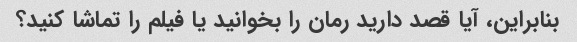
بنابراین، آیا قصد دارید رمان را بخوانید یا فیلم را تماشا کنید؟